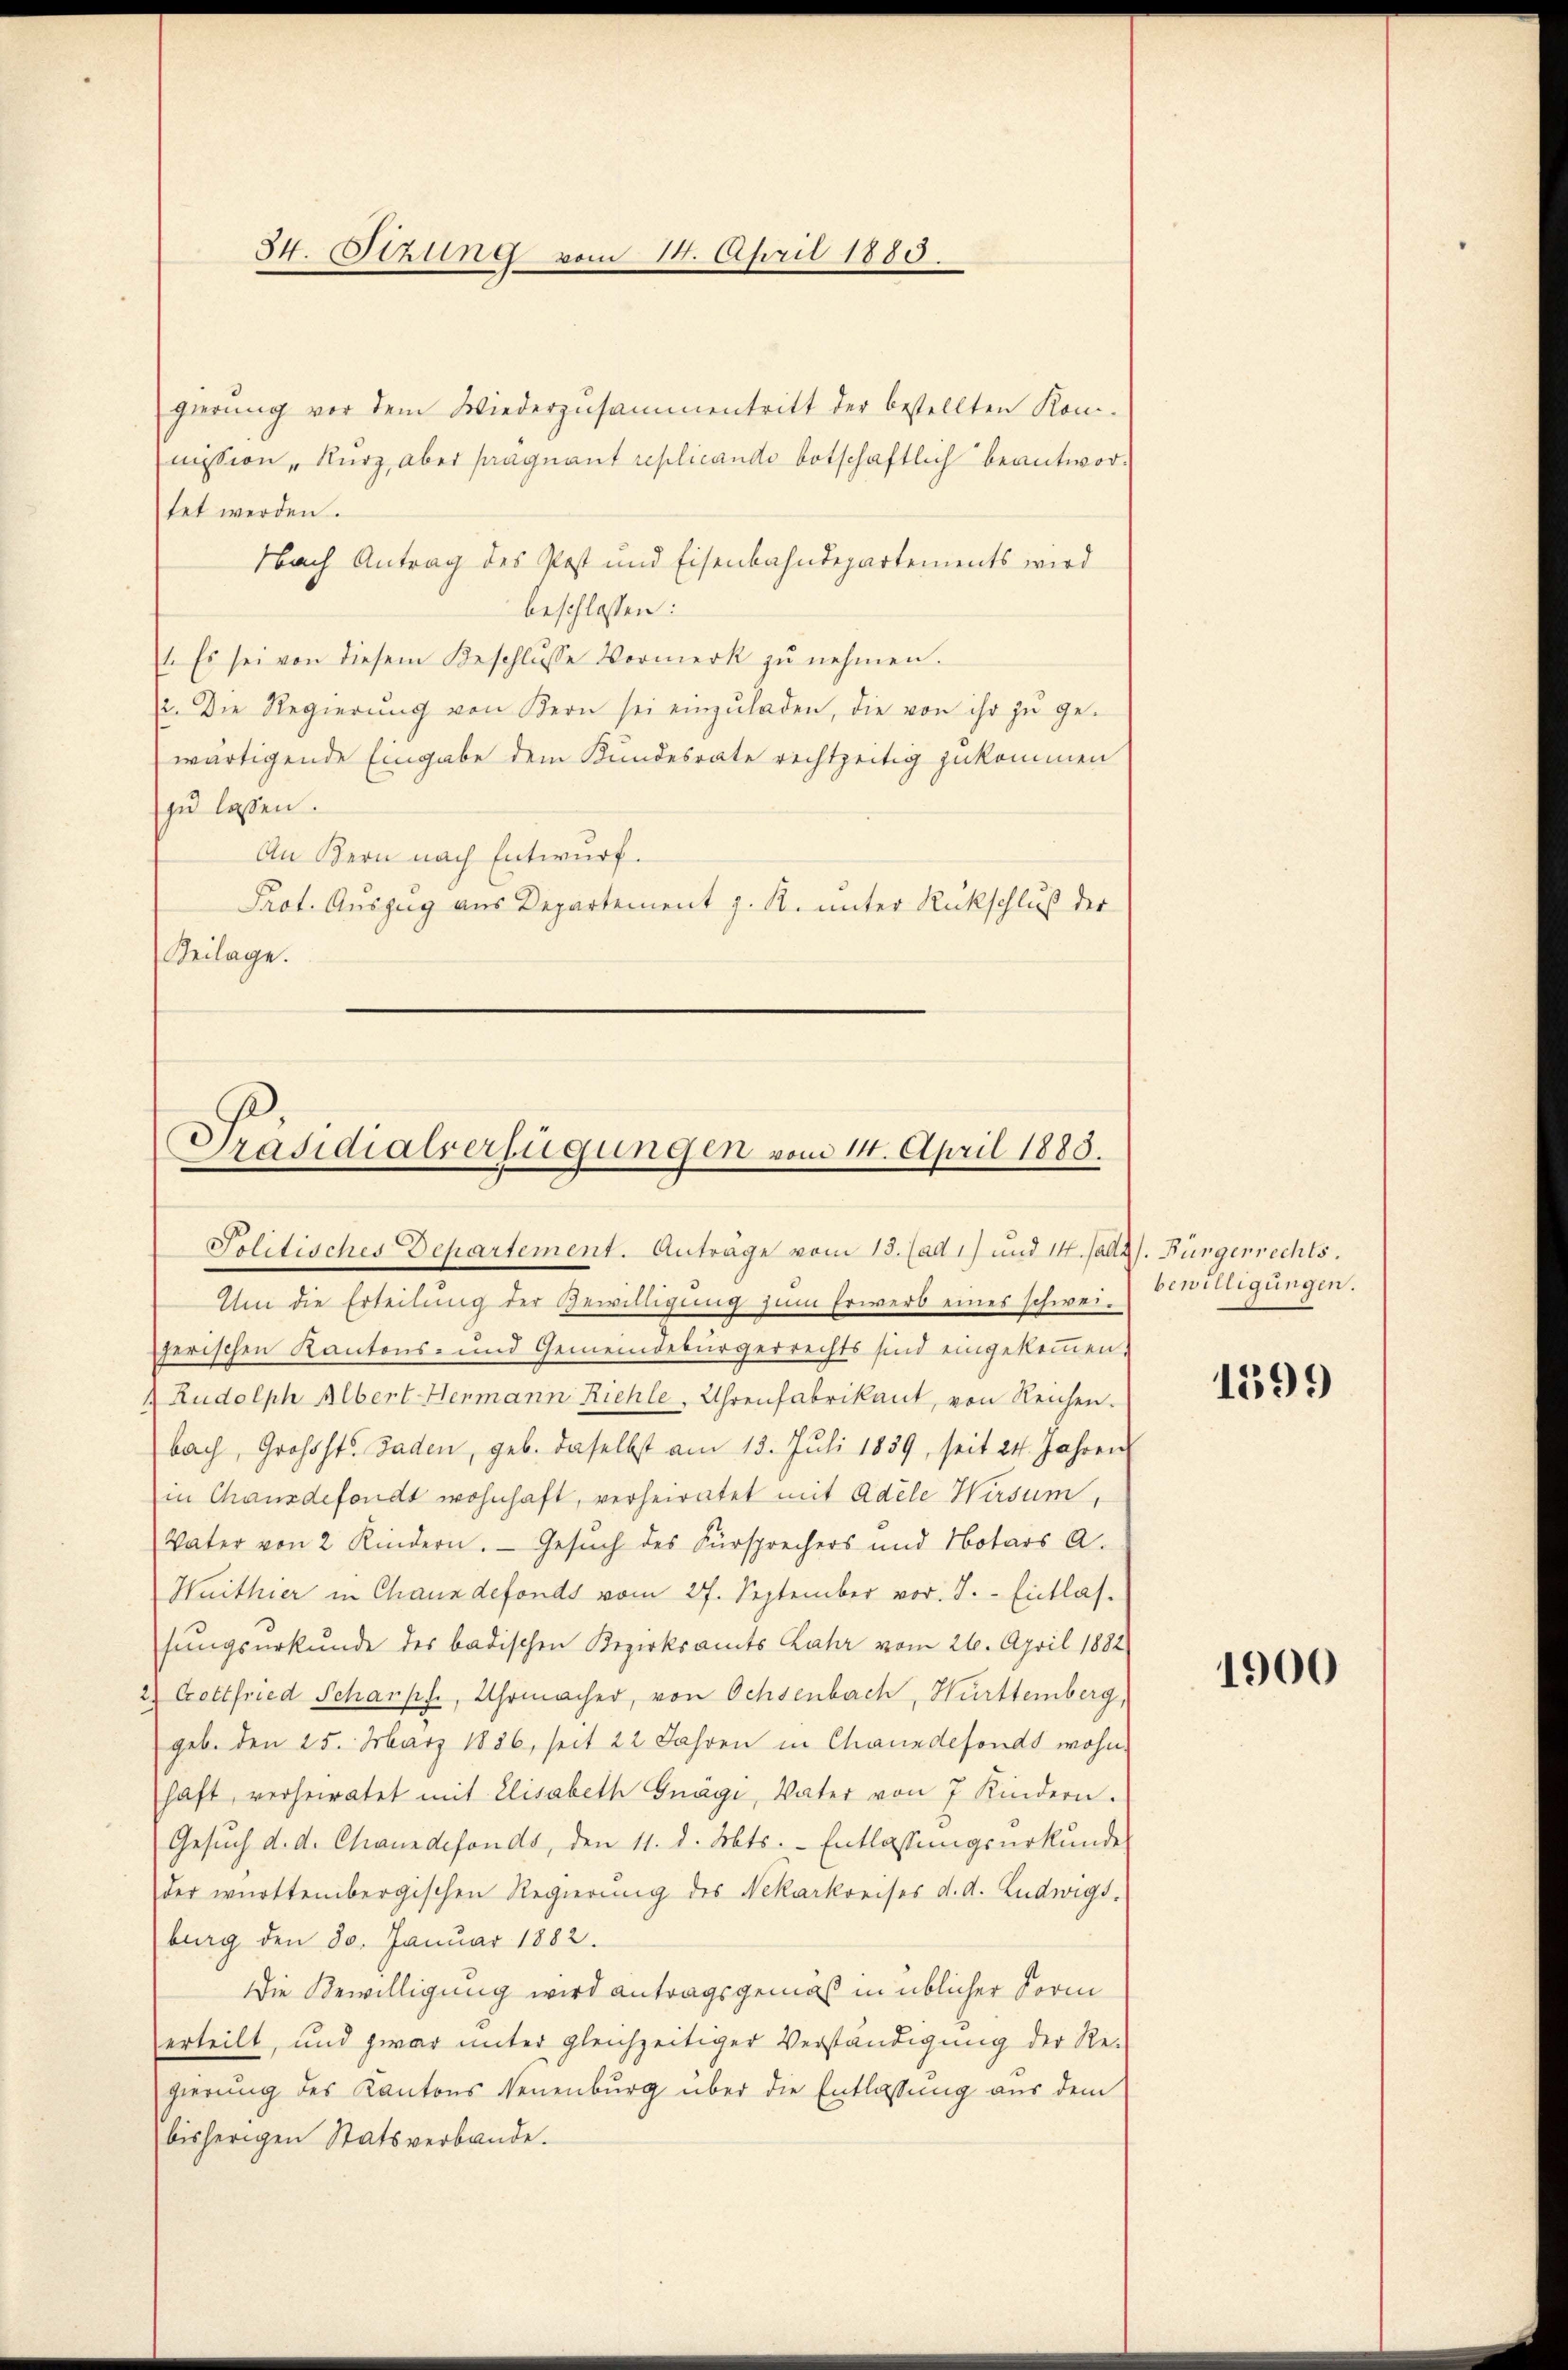
gierung vor dem Wiederzusammentritt der bestellten Kom-
mission „Kurz, aber fraguant replicandi botschaftlich beantwortet werden.
Nbach Antrag des Post und Eisenbahndepartements wird
beschlossen:
1. Es sei von diesem Beschlŭsse Vormerk zŭ nehmen.
2. Die Regierŭng von Kern sei einzŭladen, die von ihr zŭ ge-
wärtigende Eingabe dem Kundesrate rechtzeitig zukommen
zu lassen.
An Bern nach Entwurf.
Prot. Auszug aus Departement z. R. unter Rückschluß der
Beilage.

34. Sitzung vom 14. April 1880.

Präsidialverfügungen vom 14. April 1883.
Politisches Departement. Anträge vom 13. (ad 1) und 14. Jalt. Bürgerrechts.
Ihm die Erteilŭng der Gewilligŭng zŭm Erwerb eines schwei-

herischen Kantons- und Gemeindebürgerrechts sind eingekommen.
 Rudolph Albert Henmann Riehle, Uhrenfabrikant, von Reichen.
bach, Grosst. Baden, geb. daselbst am 13. Juli 1859, seit 24. Jahren
in Chausdefonds wohnhaft, verheiratet mit Adele Wirsum,
Vater von 2 Kindern. Gesuch des Fürsprechers und Notars a.
Huithier in Chauxdefonds vom 27. September vor. J. Entlassungsurkunde des badischen Bezirksamts Lahr vom 26. April 1882
) Gottfried Schanpf, Uhrmacher, von Ochsenbach, Hurttemberg,
geb. den 25. März 1886, seit 22 Jahren in Channdefonds wohn
haft, verheiratet mit Elisabeth Gnäge, Vater von 7 Kindern.
Gesŭch d. d. Channdefonds, den 11. d. Mts. - Entlassungsurkunde
der württembergischen Regierung des Nekarkreises d. d. Ludwigs.
burg den 80. Januar 1882.
Die Bewilligung wird antragsgemäß in üblicher Sorm
erteilt, und zwar unter gleichzeitiger Verständigung der Re-
gierŭng des Kantons Neuenburg über die Entlassŭng aus dem
bisherigen Statsverbande.

bewilligungen.

1599

1900